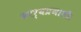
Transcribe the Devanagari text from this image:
कार्यप्रणाली।